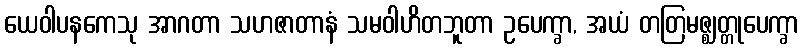
ယေဝါပနကေသု အာဂတာ သဟဇာတာနံ သမဝါဟိတဘူတာ ဥပေက္ခာ, အယံ တတြမဇ္ဈတ္တုပေက္ခာ